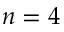
n = 4